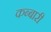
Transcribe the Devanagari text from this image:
कब्बारी